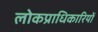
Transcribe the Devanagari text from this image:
लोकप्राधिकारियों